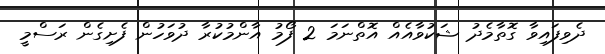
ދެވިފައިވާ ގޮތާމެދު ޝަކުވާއެއް އޮތްނަމަ 2 ފޯމު އާންމުކުރާ ދުވަހުން ފެށިގެން ރަސްމީ